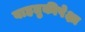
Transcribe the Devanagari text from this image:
वाहतुकीपेक्षा